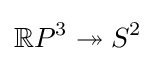
\mathbb {R} P^{3}\twoheadrightarrow S^{2}